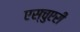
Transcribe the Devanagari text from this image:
एस्चुएरी